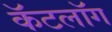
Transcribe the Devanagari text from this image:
कॅटलॉग